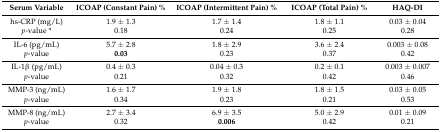
| Serum Variable | ICOAP (Constant Pain) % | ICOAP (Intermittent Pain) % | ICOAP (Total Pain) % | HAQ-DI |
 | --- | --- | --- | --- | --- |
 | hs-CRP (mg/L) | 1.9 ± 1.3 | 1.7 ± 1.4 | 1.8 ± 1.1 | 0.03 ± 0.04 |
 | p-value * | 0.18 | 0.24 | 0.25 | 0.28 |
 | IL-6 (pg/mL) | 5.7 ± 2.8 | 1.8 ± 2.9 | 3.6 ± 2.4 | 0.003 ± 0.08 |
 | p-value | 0.03 | 0.23 | 0.37 | 0.42 |
 | IL-1β (pg/mL) | 0.4 ± 0.3 | 0.04 ± 0.3 | 0.2 ± 0.1 | 0.003 ± 0.007 |
 | p-value | 0.21 | 0.32 | 0.42 | 0.46 |
 | MMP-3 (ng/mL) | 1.6 ± 1.7 | 1.9 ± 1.8 | 1.8 ± 1.5 | 0.03 ± 0.05 |
 | p-value | 0.34 | 0.23 | 0.21 | 0.53 |
 | MMP-8 (ng/mL) | 2.7 ± 3.4 | 6.9 ± 3.5 | 5.0 ± 2.9 | 0.01 ± 0.09 |
 | p-value | 0.32 | 0.006 | 0.42 | 0.21 |